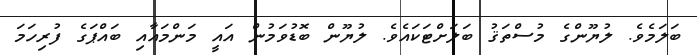
ބަލަމެވެ. ލުޔޫންގެ މުސްތަޤު ބަލަށްޓަކައެވެ. ލުޔޫން ބޮޑުވަމުން އައީ މަންމައާއި ބައްޕަގެ ފުރިހަމަ